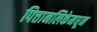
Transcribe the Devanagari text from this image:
पित्तानलिकेमधून